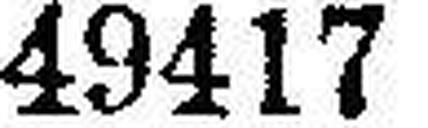
49417